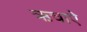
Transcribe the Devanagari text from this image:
ऋचाऐ